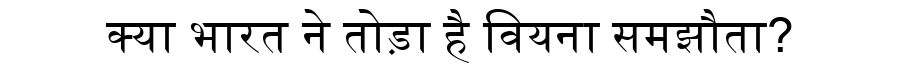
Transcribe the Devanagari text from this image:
क्या भारत ने तोड़ा है वियना समझौता?